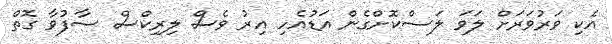
އެކި ވަރުވަރަށް ލަވަ ލަސްކޮށްގެން އަޑުއެހި އިރު ވެސް ލިރިކްސް ސާފުވާ ގޮތް